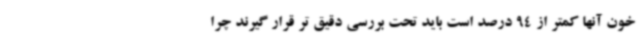
خون آنها کمتر از 94 درصد است باید تحت بررسی دقیق تر قرار گیرند چرا